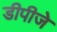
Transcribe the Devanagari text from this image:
डीपीजे